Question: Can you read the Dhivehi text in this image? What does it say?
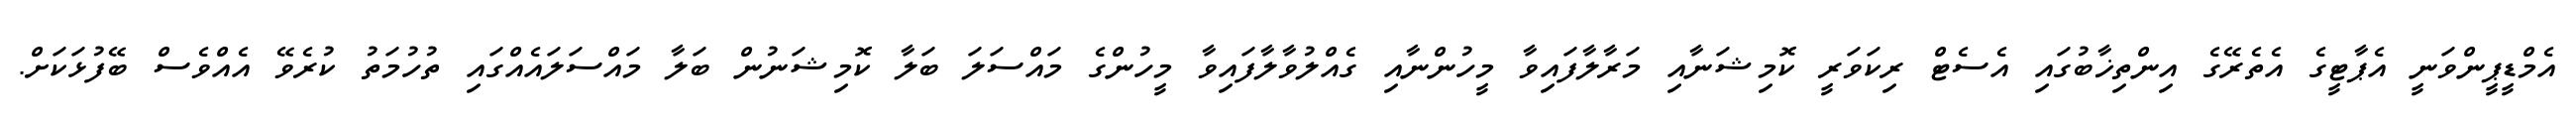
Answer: އެމްޑީޕީންވަނީ އެޕާޓީގެ އެތެރޭގެ އިންތިޚާބުގައި އެސެޓް ރިކަވަރީ ކޮމިޝަނާއި މަރާލާފައިވާ މީހުންނާއި ގެއްލުވާލާފައިވާ މީހުންގެ މައްސަލަ ބަލާ ކޮމިޝަނުން ބަލާ މައްސަލައެއްގައި ތުހުމަތު ކުރެވޭ އެއްވެސް ބޭފުޅަކަށް.